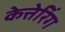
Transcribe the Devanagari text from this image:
केत्तेरिंग